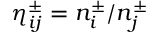
\eta _ { i j } ^ { \pm } = n _ { i } ^ { \pm } / n _ { j } ^ { \pm }